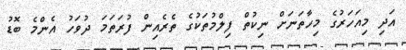
އަދި މިއަހަރުގެ މިހާތަނަށް ނިކުތް ފިލްމުތަކުގެ ތެރެއިން ފުރަތަމަ ދުވަހު އެންމެ ބޮޑު